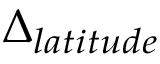
\Delta _ { l a t i t u d e }